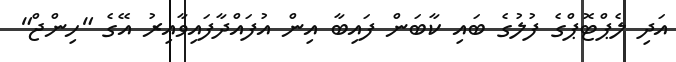
އަދި ލެޕްޓޮޕްގެ ފުލުގެ ބައި ކާބަން ފައިބާ އިން އުފައްދާފައިވާއިރު އޭގެ "ހިންޖް"